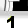
Digit: 1